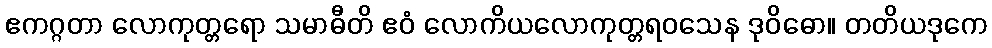
ဧကဂ္ဂတာ လောကုတ္တရော သမာဓီတိ ဧဝံ လောကိယလောကုတ္တရဝသေန ဒုဝိဓော။ တတိယဒုကေ